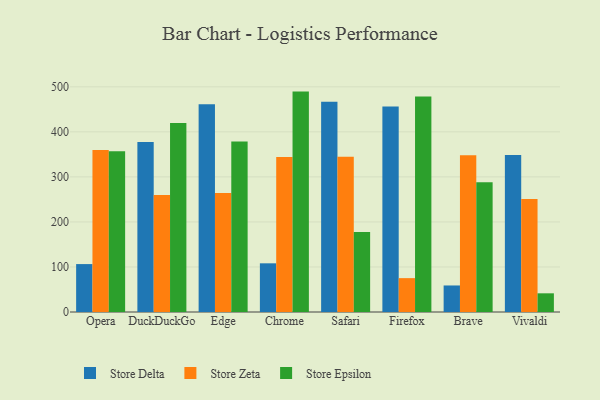
{"axis": {"x": "Browser", "y": "Production Output"}, "legend": ["Store Delta", "Store Epsilon", "Store Zeta"], "data": [{"x": "Opera", "y": 106.4, "type": "Store Delta"}, {"x": "Opera", "y": 359.5, "type": "Store Zeta"}, {"x": "Opera", "y": 356.7, "type": "Store Epsilon"}, {"x": "DuckDuckGo", "y": 377.3, "type": "Store Delta"}, {"x": "DuckDuckGo", "y": 259.8, "type": "Store Zeta"}, {"x": "DuckDuckGo", "y": 419.4, "type": "Store Epsilon"}, {"x": "Edge", "y": 461.1, "type": "Store Delta"}, {"x": "Edge", "y": 264.4, "type": "Store Zeta"}, {"x": "Edge", "y": 378.8, "type": "Store Epsilon"}, {"x": "Chrome", "y": 108.1, "type": "Store Delta"}, {"x": "Chrome", "y": 344.1, "type": "Store Zeta"}, {"x": "Chrome", "y": 489.4, "type": "Store Epsilon"}, {"x": "Safari", "y": 467.0, "type": "Store Delta"}, {"x": "Safari", "y": 344.8, "type": "Store Zeta"}, {"x": "Safari", "y": 177.4, "type": "Store Epsilon"}, {"x": "Firefox", "y": 456.5, "type": "Store Delta"}, {"x": "Firefox", "y": 75.2, "type": "Store Zeta"}, {"x": "Firefox", "y": 478.3, "type": "Store Epsilon"}, {"x": "Brave", "y": 58.9, "type": "Store Delta"}, {"x": "Brave", "y": 348.1, "type": "Store Zeta"}, {"x": "Brave", "y": 288.2, "type": "Store Epsilon"}, {"x": "Vivaldi", "y": 348.8, "type": "Store Delta"}, {"x": "Vivaldi", "y": 250.7, "type": "Store Zeta"}, {"x": "Vivaldi", "y": 41.5, "type": "Store Epsilon"}]}